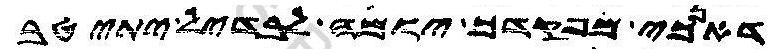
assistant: דאנכי מפקדך יומה לבדיל יתיטב